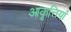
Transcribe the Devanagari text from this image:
आकृत्तियां